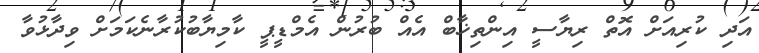
އަދި ކުރިއަށް އޮތް ރިޔާސީ އިންތިޚާބް އެއް ބުރުން އެމްޑީޕީ ކާމިޔާބުކުރާނެކަމަށް ވިދާޅުވާ